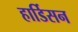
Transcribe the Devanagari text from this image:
हार्डिसन